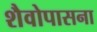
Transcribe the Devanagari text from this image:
शैवोपासना